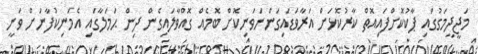
މަޖީދީމަގުގައި ޕާކުކޮށްފައިއޮތް ކާރުކޮޅަށް އަރާވަޑައިގަންނަވަނިކޮށް ބޮމެއް ގޮއްވާލައިގެން ދިން ޙަމަލާގައި އެމަނިކުފާނަށް ވަނީ